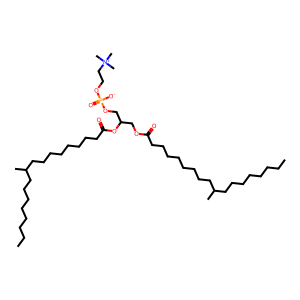
SMILES: CCCCCCCCC(C)CCCCCCCCC(=O)OCC(COP(=O)([O-])OCC[N+](C)(C)C)OC(=O)CCCCCCCCC(C)CCCCCCCC
Inhibits HIV replication: No